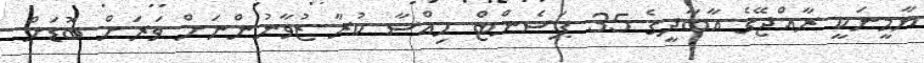
ޔާމީނަކީ ރާއްޖޭގެ އާބާދީގެ 35 ޕަސެންޓް ހިއްސާ ކުރާ ޒުވާނުންނަށް ވަރަށް ބޮޑަށް